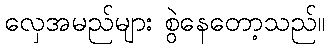
လှေအမည်များ စွဲနေတော့သည်။